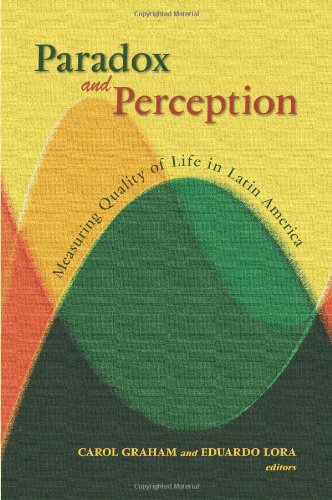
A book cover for Paradox and Perception: Measuring Quality of Life in Latin America; Business & Money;